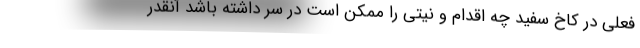
فعلی در کاخ سفید چه اقدام و نیتی را ممکن است در سر داشته باشد آنقدر